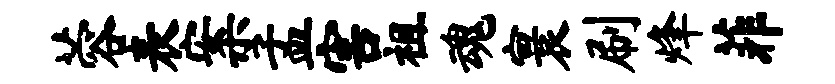
蓉表案孟害祖魂寰刷烽菲